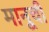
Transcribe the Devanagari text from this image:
मानूची